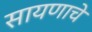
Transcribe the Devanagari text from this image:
सायणाचे